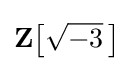
\mathbf {Z} {\bigl [}{\sqrt {-3}}~\!{\bigr ]}